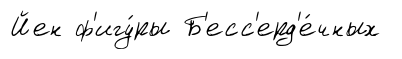
Йен ф'игу́ры Б'есс'ерд'е́чных